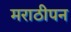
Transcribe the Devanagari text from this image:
मराठीपन